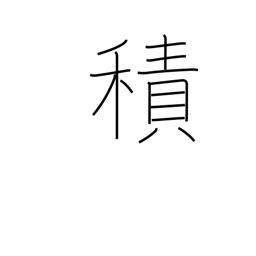
Meaning: load